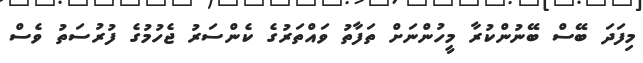
މިފަދަ ބޭސް ބޭނުންކުރާ މީހުންނަށް ތަފާތު ވައްތަރުގެ ކެންސަރު ޖެހުމުގެ ފުރުސަތު ވެސް